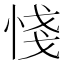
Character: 㥇